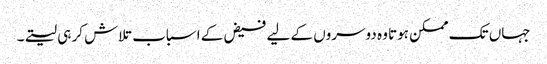
جہاں تک ممکن ہوتا وہ دوسروں کے لیے فیض کے اسباب تلاش کر ہی لیتے۔